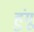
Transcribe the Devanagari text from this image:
हुंगू